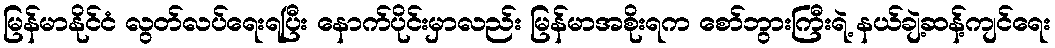
မြန်မာနိုင်ငံ လွတ်လပ်ရေးရပြီး နောက်ပိုင်းမှာလည်း မြန်မာအစိုးရက စော်ဘွားကြီးရဲ့ နယ်ချဲ့ဆန့်ကျင်ရေး